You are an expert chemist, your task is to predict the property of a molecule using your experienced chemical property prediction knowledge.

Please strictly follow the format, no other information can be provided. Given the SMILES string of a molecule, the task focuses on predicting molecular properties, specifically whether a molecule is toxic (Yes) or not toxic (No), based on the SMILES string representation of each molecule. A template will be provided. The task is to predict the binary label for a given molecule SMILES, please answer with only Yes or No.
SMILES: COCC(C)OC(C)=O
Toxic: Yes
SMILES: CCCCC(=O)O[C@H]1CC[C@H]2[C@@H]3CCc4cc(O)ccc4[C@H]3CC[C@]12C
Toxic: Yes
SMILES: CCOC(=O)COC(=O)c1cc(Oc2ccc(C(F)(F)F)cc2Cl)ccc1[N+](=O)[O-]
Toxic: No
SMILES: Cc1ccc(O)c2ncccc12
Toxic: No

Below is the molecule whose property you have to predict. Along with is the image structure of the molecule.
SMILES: N#CSc1ccc([N+](=O)[O-])cc1[N+](=O)[O-]
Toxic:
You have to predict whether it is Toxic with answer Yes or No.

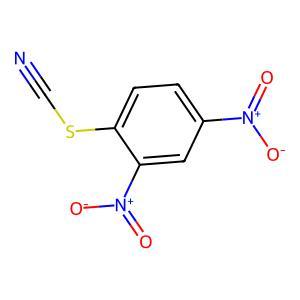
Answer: No